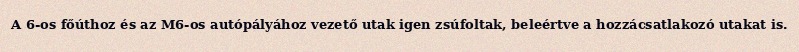
A 6-os főúthoz és az M6-os autópályához vezető utak igen zsúfoltak, beleértve a hozzácsatlakozó utakat is.